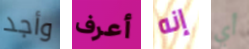
وأجد أعرف إنه أي